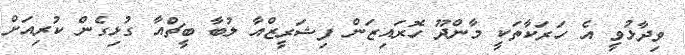
ވިދާޅުވީ އެ ހަރަކާތަކީ މާންދޫ ހޮރައިޒަން ފިޝަރީޒްއާ ލުބާ ބީޗްއާ ގުޅިގެން ކުރިއަށް